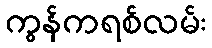
ကွန်ကရစ်လမ်း